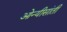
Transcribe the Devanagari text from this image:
ओन्यीसांती